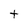
Character: t